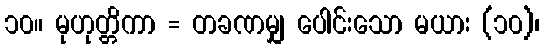
၁၀။ မုဟုတ္တိကာ = တခဏမျှ ပေါင်းသော မယား (၁၀)၊